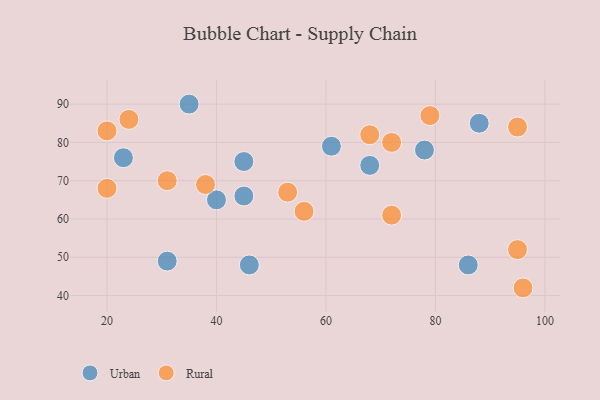
{"axis": {"x": "GDP", "y": "Life Expectancy"}, "legend": ["Rural", "Urban"], "data": [{"x": "86", "y": 48, "type": "Urban"}, {"x": "46", "y": 48, "type": "Urban"}, {"x": "45", "y": 66, "type": "Urban"}, {"x": "31", "y": 49, "type": "Urban"}, {"x": "61", "y": 79, "type": "Urban"}, {"x": "68", "y": 74, "type": "Urban"}, {"x": "35", "y": 90, "type": "Urban"}, {"x": "23", "y": 76, "type": "Urban"}, {"x": "40", "y": 65, "type": "Urban"}, {"x": "88", "y": 85, "type": "Urban"}, {"x": "78", "y": 78, "type": "Urban"}, {"x": "45", "y": 75, "type": "Urban"}, {"x": "31", "y": 70, "type": "Rural"}, {"x": "96", "y": 42, "type": "Rural"}, {"x": "20", "y": 83, "type": "Rural"}, {"x": "24", "y": 86, "type": "Rural"}, {"x": "20", "y": 68, "type": "Rural"}, {"x": "56", "y": 62, "type": "Rural"}, {"x": "79", "y": 87, "type": "Rural"}, {"x": "72", "y": 61, "type": "Rural"}, {"x": "95", "y": 52, "type": "Rural"}, {"x": "68", "y": 82, "type": "Rural"}, {"x": "72", "y": 80, "type": "Rural"}, {"x": "95", "y": 84, "type": "Rural"}, {"x": "53", "y": 67, "type": "Rural"}, {"x": "38", "y": 69, "type": "Rural"}]}